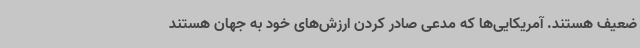
ضعیف هستند. آمریکایی‌ها که مدعی صادر کردن ارزش‌های خود به جهان هستند